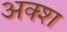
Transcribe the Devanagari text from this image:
अक्श